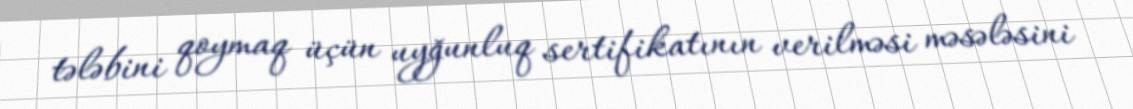
tələbini qoymaq üçün uyğunluq sertifikatının verilməsi məsələsini